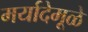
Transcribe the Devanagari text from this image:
मर्यादेमूळे